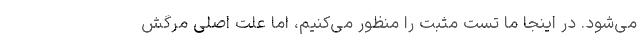
می‌شود. در اینجا ما تست مثبت را منظور می‌کنیم، اما علت اصلی مرگش